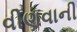
વીણવાની